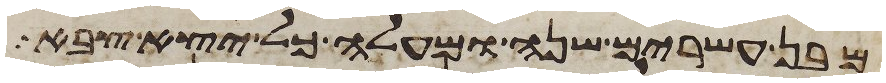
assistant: מבן עשרים שנה ומעלה כל יצא צבא